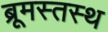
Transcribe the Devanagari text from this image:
ब्रूमस्तस्थ